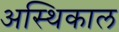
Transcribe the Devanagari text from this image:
अस्थिकाल